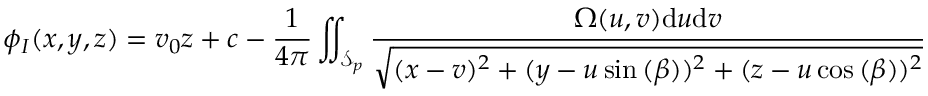
\phi _ { I } ( x , y , z ) = v _ { 0 } z + c - \frac { 1 } { 4 \pi } \iint _ { \mathcal { S } _ { p } } \frac { \Omega ( u , v ) \mathrm { d } u \mathrm { d } v } { \sqrt { ( x - v ) ^ { 2 } + ( y - u \sin { ( \beta ) } ) ^ { 2 } + ( z - u \cos { ( \beta ) } ) ^ { 2 } } }